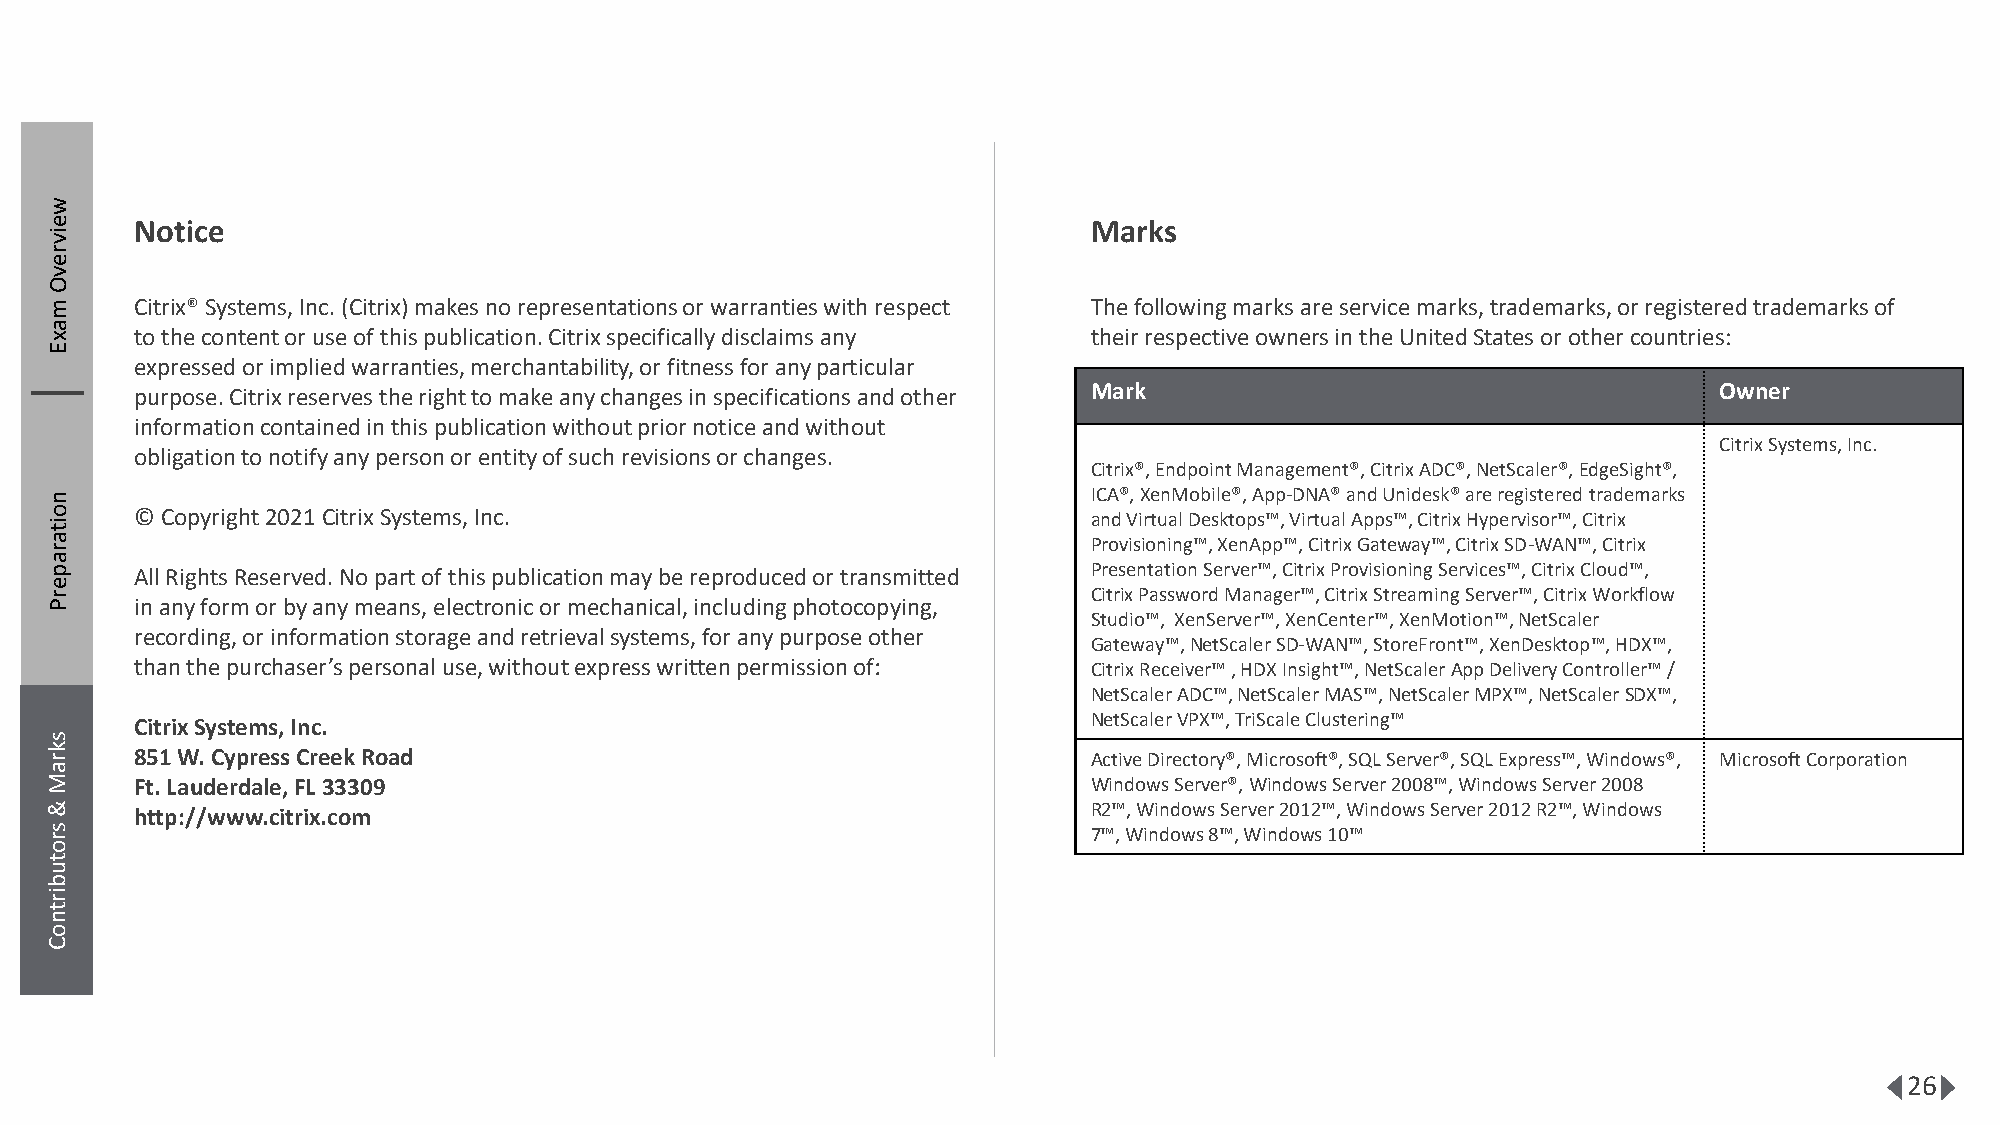
w
 e     Notice                                                         Marks
 iv
 r
 e
 v
 O
 m     Citrix® Systems, Inc. (Citrix) makes no representations or warranties with respect The following marks are service marks, trademarks, or registered trademarks of
 a
 x     to the content or use of this publication. Citrix specifically disclaims any their respective owners in the United States or other countries:
 E
 expressed or implied warranties, merchantability, or fitness for any particular
 purpose. Citrix reserves the right to make any changes in specifications and other Mark                  Owner
 information contained in this publication without prior notice and without
 Citrix Systems, Inc.
 obligation to notify any person or entity of such revisions or changes.
 Citrix®, Endpoint Management®, Citrix ADC®, NetScaler®, EdgeSight®,
 n                                                                    ICA®, XenMobile®, App-DNA® and Unidesk® are registered trademarks
 o     © Copyright 2021 Citrix Systems, Inc.                          and Virtual Desktops™, Virtual Apps™, Citrix Hypervisor™, Citrix
 it
 a                                                                    Provisioning™, XenApp™, Citrix Gateway™, Citrix SD-WAN™, Citrix
 r
 a
 p     All Rights Reserved. No part of this publication may be reproduced or transmitted Presentation Server™, Citrix Provisioning Services™, Citrix Cloud™,
 e
 r                                                                    Citrix Password Manager™, Citrix Streaming Server™, Citrix Workflow
 P     in any form or by any means, electronic or mechanical, including photocopying,
 Studio™, XenServer™, XenCenter™, XenMotion™, NetScaler
 recording, or information storage and retrieval systems, for any purpose other
 Gateway™, NetScalerSD-WAN™, StoreFront™, XenDesktop™,HDX™,
 than the purchaser’s personal use, without express written permission of: Citrix Receiver™, HDX Insight™, NetScalerApp Delivery Controller™ /
 NetScalerADC™, NetScalerMAS™, NetScalerMPX™, NetScalerSDX™,
 Citrix Systems, Inc.                                           NetScalerVPX™, TriScaleClustering™
 s
 k r   851 W. Cypress Creek Road                                      Active Directory®, Microsoft®, SQL Server®, SQL Express™, Windows®, Microsoft Corporation
 a
 M     Ft. Lauderdale, FL 33309                                       Windows Server®, Windows Server 2008™, Windows Server 2008
 &
 s
 r o
 &
 s r
 http://www.citrix.com                                          R 7™2™
 ,
 W, W ini dn od wow
 s
 s
 8
 ™Se
 ,
 r Wve ir
 n
 d2 o01 w2 s™ 1,
 0
 W ™indows Server 2012 R2™, Windows
 to
 ut
 bu
 ir
 t n o
 Cb
 ir t n
 os
 k r a M
 C
 26